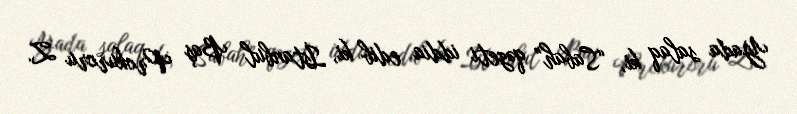
Yada salaq ki, “Sabah” qəzeti iddia edib ki, İstanbul Baş Prokuroru Z.